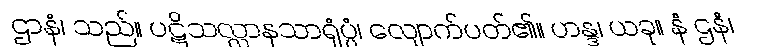
ဌာနံ၊ သည်။ ပဋိသလ္လာနသာရုံပ္ပံ၊ လျောက်ပတ်၏။ ဟန္ဒ၊ ယခု။ နံ ဌနံ၊